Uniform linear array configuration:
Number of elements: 16
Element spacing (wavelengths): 0.5
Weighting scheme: kaiser
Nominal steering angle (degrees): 0
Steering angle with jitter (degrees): -1.699
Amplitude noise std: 0.05
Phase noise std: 0.05

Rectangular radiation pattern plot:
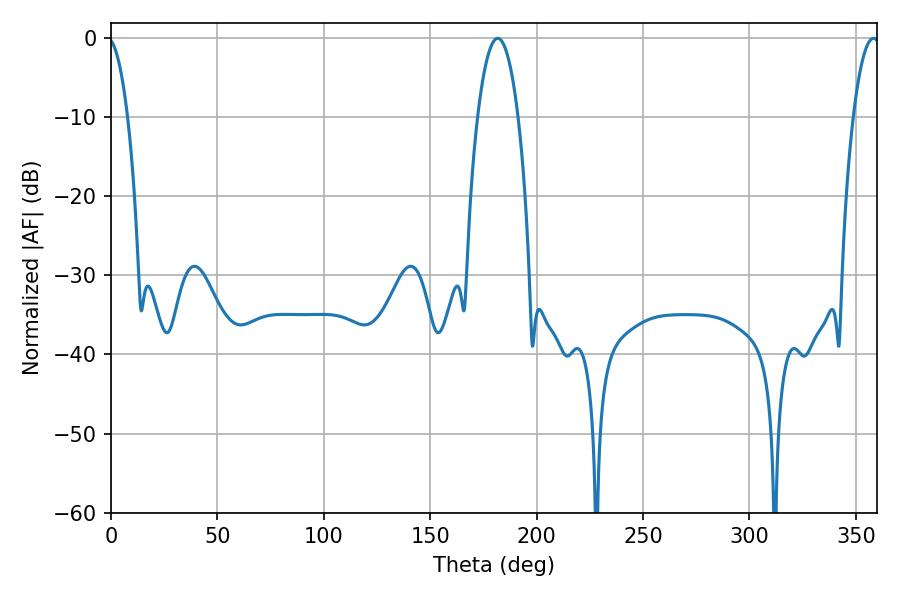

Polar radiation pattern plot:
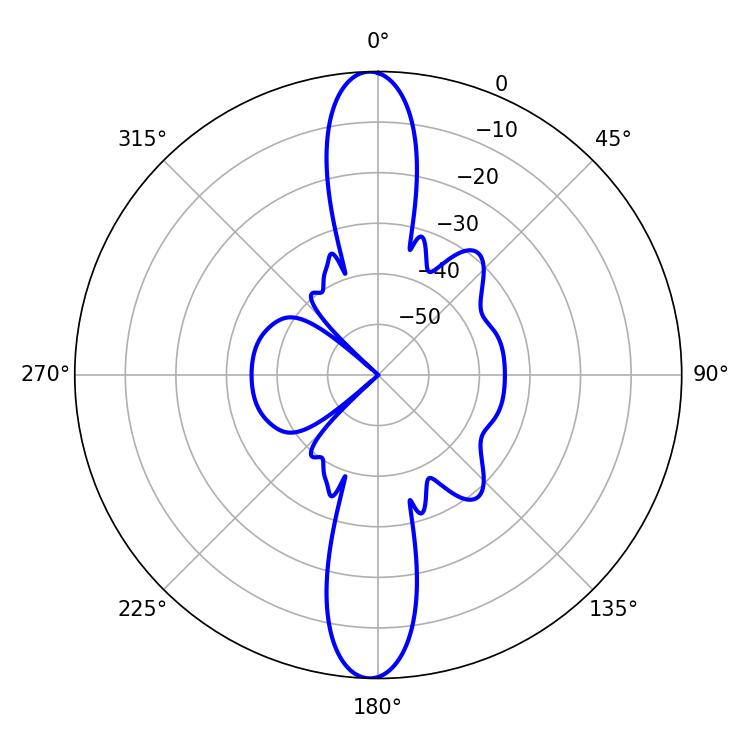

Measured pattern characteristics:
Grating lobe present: FALSE
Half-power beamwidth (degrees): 10.62
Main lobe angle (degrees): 181.8